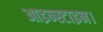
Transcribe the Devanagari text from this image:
आइन्स्टाइन।